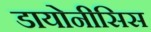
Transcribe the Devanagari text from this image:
डायोनीसिस